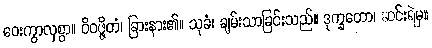
ဝေးကွာလှစွာ။ ဝိဝဇ္ဇိတံ၊ ခြားနား၏။ သုခံ၊ ချမ်းသာခြင်းသည်။ ဒုက္ခတော၊ ဆင်းရဲမှ။